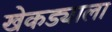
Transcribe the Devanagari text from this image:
खेकड्याला